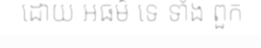
ដោយ អធម៌ ទេ ទាំង ពួក